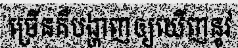
ច្រើនគឺបង្ហាញឲ្យឃើញនូវ